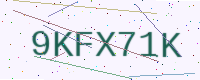
Text: 9KFX71K